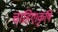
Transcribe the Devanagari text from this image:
चाहिए।कृषि